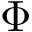
\Phi